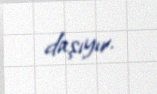
daşıyır.